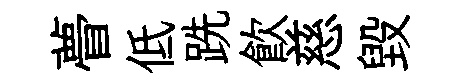
瞢低跣飲慈毁